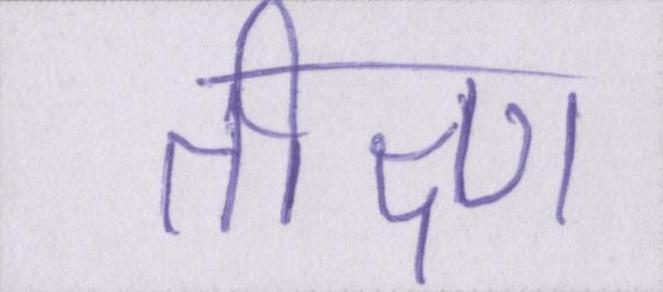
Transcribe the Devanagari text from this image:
तीक्ष्ण